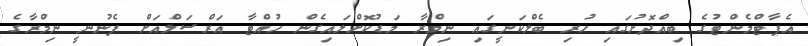
އެޕާޓްމެންޓުގެ ބިއްދޮށުގައި ހުރި ބެލްކަނީގައި ނިމްރާ މަޑުކޮށްލައިގެން ހުއްޓާ އަރްސަލްއަށް ފެނުނީ ނިމްރާގެ